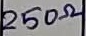
Text: 250Ω